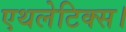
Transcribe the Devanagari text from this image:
एथलेटिक्स।